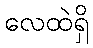
လေထဲရှိ